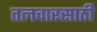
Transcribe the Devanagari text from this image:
तलवारसाठी